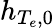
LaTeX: h_{T_{e},0}